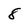
Character: 8